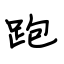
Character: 跑